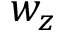
w _ { z }